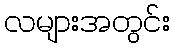
လများအတွင်း